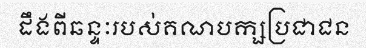
ដឹងពីឆន្ទៈរបស់គណបក្សប្រជាជន